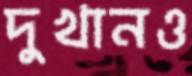
দুখানও